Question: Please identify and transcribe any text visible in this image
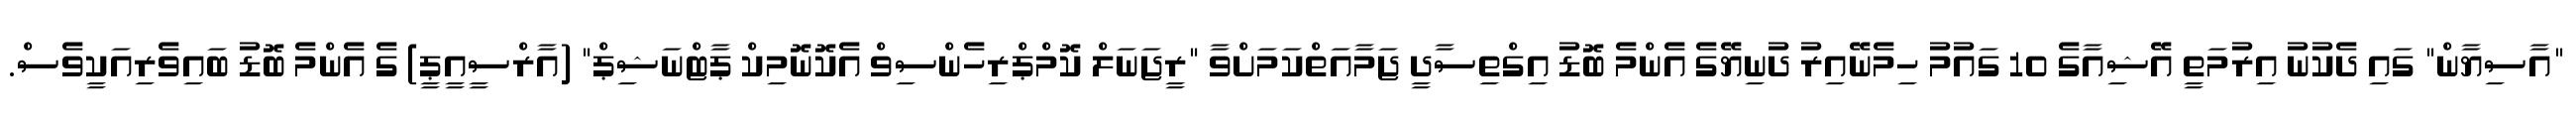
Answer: "އާސިޔާން" ގައި ދެކުނު އިރުމަތީ އޭޝިއާގެ 10 ގައުމު ހިމެނޭއިރު ދުނިޔޭގެ އެންމެ ބޮޑު އިގްތިސާދީ ޖަމާއަތްކަމަށްވާ "ރީޖަނަލް ކޮމްޕްރިހެންސިވް އެކޮނޮމިކް ޕާޓްނަޝިޕް" (އާރްސީއީޕީ) ގެ އެންމެ ބޮޑު ބައިވެރިއަކީވެސް.